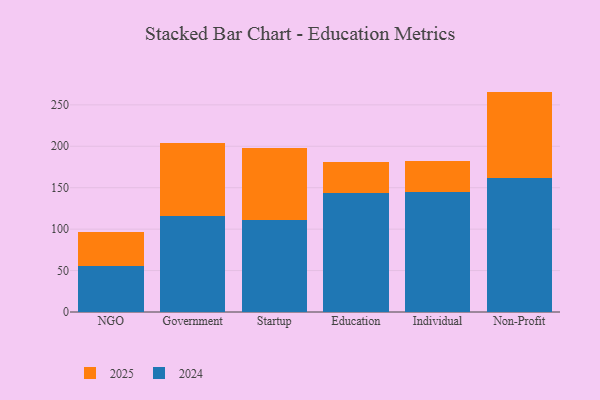
{"axis": {"x": "Segment", "y": "Waste Production (Tons)"}, "legend": ["2024", "2025"], "data": [{"x": "NGO", "y": 55.8, "type": "2024"}, {"x": "NGO", "y": 41.1, "type": "2025"}, {"x": "Government", "y": 115.3, "type": "2024"}, {"x": "Government", "y": 89.1, "type": "2025"}, {"x": "Startup", "y": 111.0, "type": "2024"}, {"x": "Startup", "y": 87.3, "type": "2025"}, {"x": "Education", "y": 143.5, "type": "2024"}, {"x": "Education", "y": 37.0, "type": "2025"}, {"x": "Individual", "y": 144.5, "type": "2024"}, {"x": "Individual", "y": 37.2, "type": "2025"}, {"x": "Non-Profit", "y": 161.6, "type": "2024"}, {"x": "Non-Profit", "y": 104.4, "type": "2025"}]}